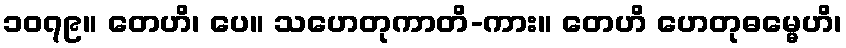
၁၀၇၉။ တေဟိ၊ ပေ။ သဟေတုကာတိ-ကား။ တေဟိ ဟေတုဓမ္မေဟိ၊